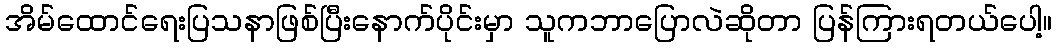
အိမ်ထောင်ရေးပြသနာဖြစ်ပြီးနောက်ပိုင်းမှာ သူကဘာပြောလဲဆိုတာ ပြန်ကြားရတယ်ပေါ့။